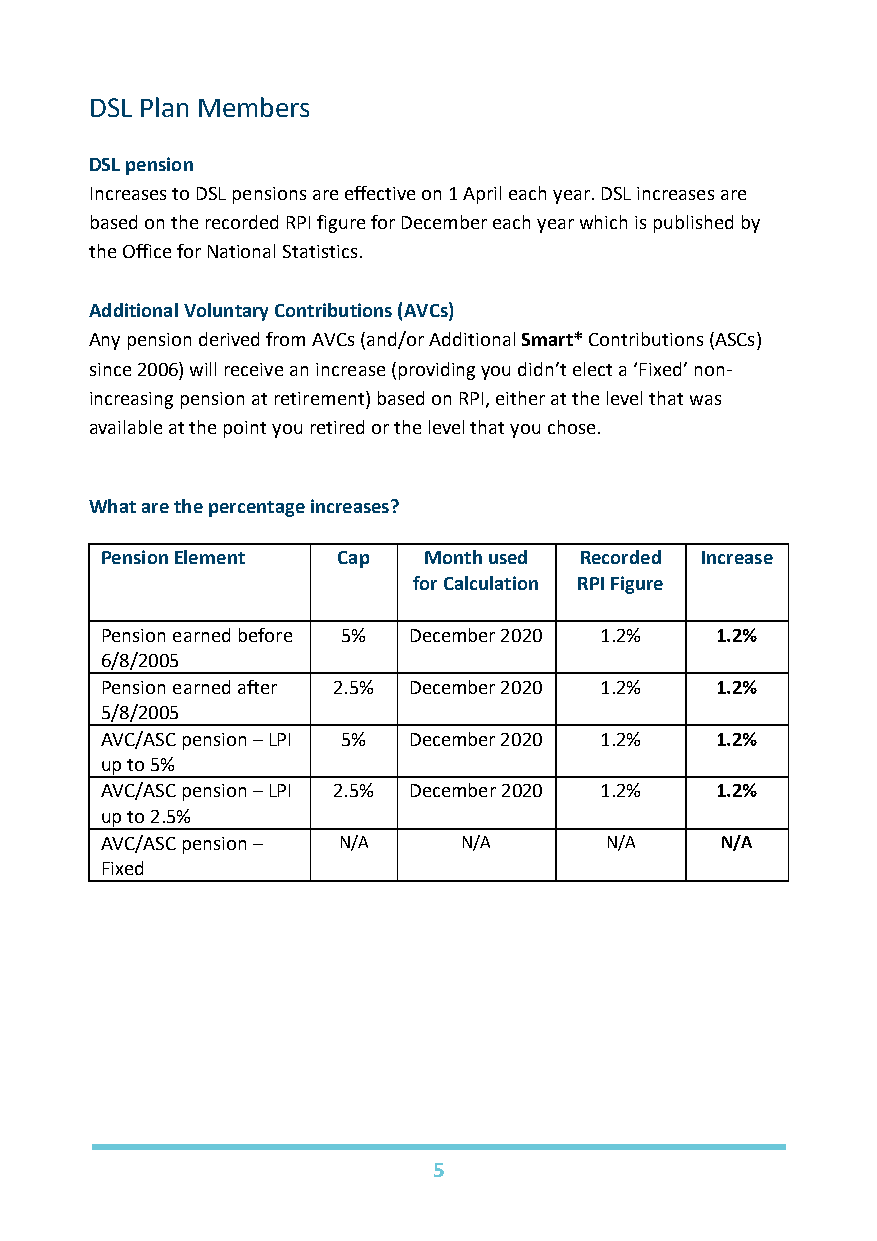
DSL Plan Members
 DSL pension
 Increases to DSL pensions are effective on 1 April each year. DSL increases are
 based on the recorded RPI figure for December each year which is published by
 the Office for National Statistics.
 Additional Voluntary Contributions (AVCs)
 Any pension derived from AVCs (and/or Additional Smart* Contributions (ASCs)
 since 2006) will receive an increase (providing you didn’t elect a ‘Fixed’ non-
 increasing pension at retirement) based on RPI, either at the level that was
 available at the point you retired or the level that you chose.
 What are the percentage increases?
 Pension Element Cap  Month used Recorded Increase
 for Calculation RPI Figure
 Pension earned before 5% December 2020 1.2% 1.2%
 6/8/2005
 Pension earned after 2.5% December 2020 1.2% 1.2%
 5/8/2005
 AVC/ASC pension – LPI 5% December 2020 1.2% 1.2%
 up to 5%
 AVC/ASC pension – LPI 2.5% December 2020 1.2% 1.2%
 up to 2.5%
 AVC/ASC pension – N/A   N/A      N/A     N/A
 Fixed
 5